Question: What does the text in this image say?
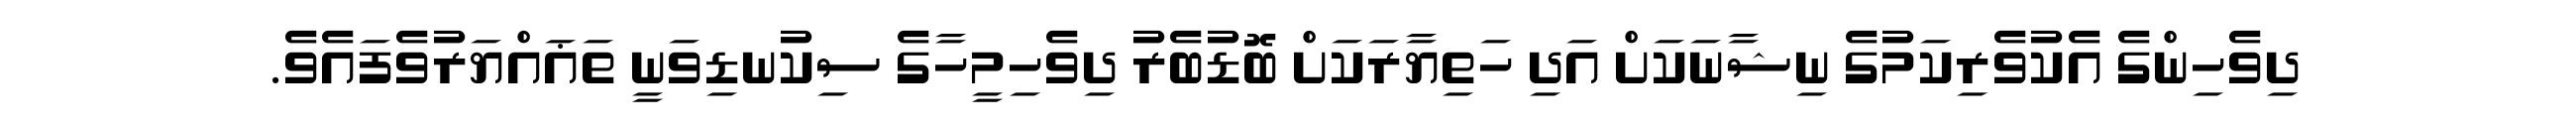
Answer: ދިވެހިންގެ އެކުވެރިކަމުގެ ނިޝާނަކަށް އަދި ހަތިޔާރަކަށް ބޮޑުބެރު ދިވެހިމީހާގެ ސިކުނޑިވަނީ ތަޣައްޔަރުވެފައެވެ.